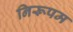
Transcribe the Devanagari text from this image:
निरूपम